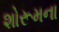
શોરૂમના